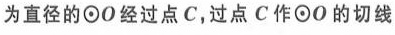
为直径的\odot O经过点C，过点C作\odot O的切线